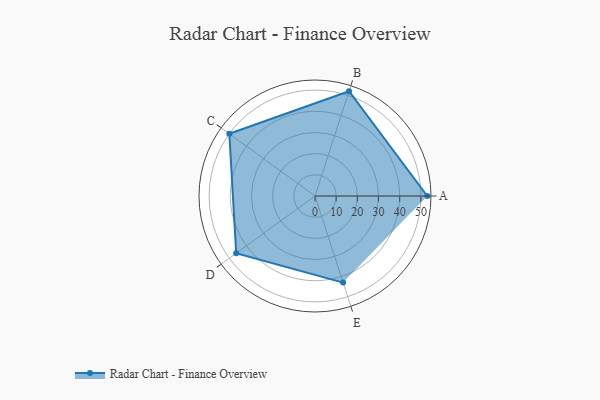
{"axis": {"x": "Skill", "y": "Score"}, "legend": ["Profile"], "data": [{"x": "A", "y": 53.0, "type": "Profile"}, {"x": "B", "y": 52.0, "type": "Profile"}, {"x": "C", "y": 50.0, "type": "Profile"}, {"x": "D", "y": 46.0, "type": "Profile"}, {"x": "E", "y": 43.0, "type": "Profile"}]}